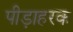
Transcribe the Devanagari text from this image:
पीड़ाहरक